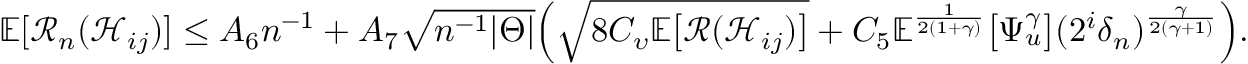
\begin{array} { r } { \mathbb { E } [ \mathcal { R } _ { n } ( \mathcal { H } _ { i j } ) ] \leq A _ { 6 } n ^ { - 1 } + A _ { 7 } \sqrt { n ^ { - 1 } | \Theta | } \Big ( \sqrt { 8 C _ { \upsilon } \mathbb { E } \big [ \mathcal { R } ( \mathcal { H } _ { i j } ) \big ] } + C _ { 5 } \mathbb { E } ^ { \frac { 1 } { 2 ( 1 + \gamma ) } } \big [ \Psi _ { u } ^ { \gamma } \big ] ( 2 ^ { i } \delta _ { n } ) ^ { \frac { \gamma } { 2 ( \gamma + 1 ) } } \Big ) . } \end{array}